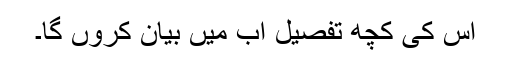
اس کی کچھ تفصیل اب مَیں بیان کروں گا۔